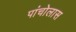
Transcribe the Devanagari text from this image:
पांचोलास